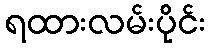
ရထားလမ်းပိုင်း